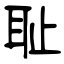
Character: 耻